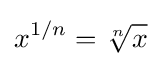
x^{1/n}={\sqrt[{n}]{x}}